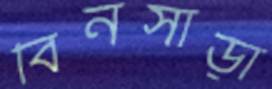
বিনসাড়া